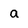
Character: a